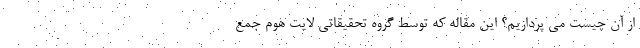
از آن چیست می پردازیم؟ این مقاله که توسط گروه تحقیقاتی لایت هوم جمع